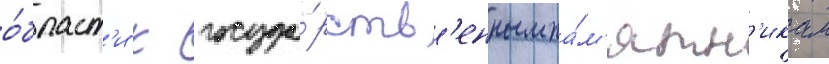
о́бласт'и к госуда́рств'енным па́м'ятн'икам